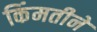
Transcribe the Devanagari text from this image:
किंमतीने